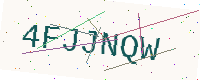
Text: 4FJJNQW